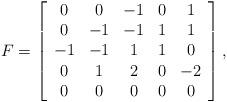
LaTeX: \begin{align*}F=\left[\begin{array}{ccccc} 0&0&-1&0&1\\0&-1&-1&1&1\\-1&-1&1&1&0\\0&1&2&0&-2\\0&0&0&0&0\end{array}\right],\end{align*}